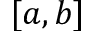
[ a , b ]